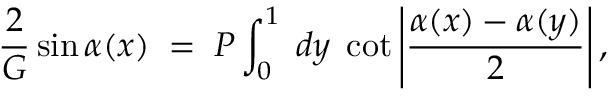
{ \frac { 2 } { G } } \sin \alpha ( x ) \; = \; P \int _ { 0 } ^ { 1 } \; d y \; \cot \left| { \frac { \alpha ( x ) - \alpha ( y ) } { 2 } } \right| ,